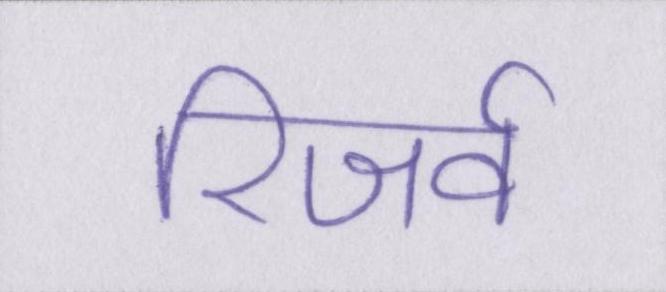
रिजर्व